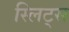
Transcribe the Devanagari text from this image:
स्लिट्स